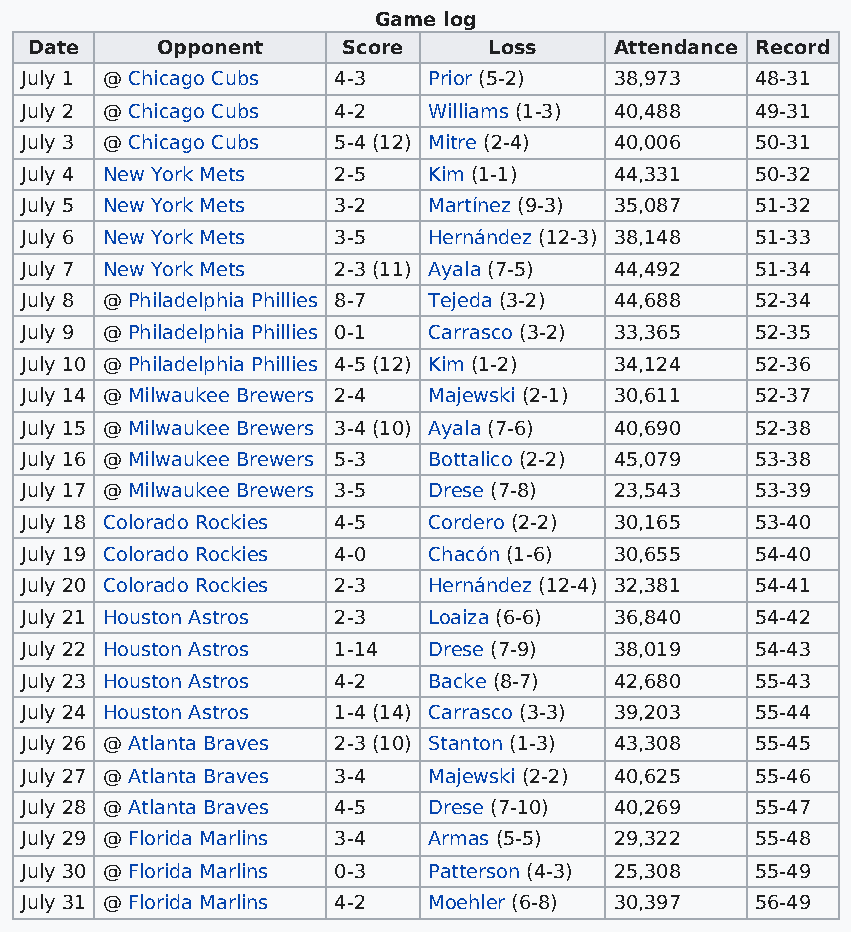
Game log
 Date    Opponent     Score    Loss     Attendance Record
 July 1 @ Chicago Cubs 4-3  Prior (5-2)  38,973   48-31
 July 2 @ Chicago Cubs 4-2  Williams (1-3) 40,488 49-31
 July 3 @ Chicago Cubs 5-4 (12) Mitre (2-4) 40,006 50-31
 July 4 New York Mets 2-5   Kim (1-1)    44,331   50-32
 July 5 New York Mets 3-2   Martínez (9-3) 35,087 51-32
 July 6 New York Mets 3-5   Hernández (12-3) 38,148 51-33
 July 7 New York Mets 2-3 (11) Ayala (7-5) 44,492 51-34
 July 8 @ Philadelphia Phillies 8-7 Tejeda (3-2) 44,688 52-34
 July 9 @ Philadelphia Phillies 0-1 Carrasco (3-2) 33,365 52-35
 July 10 @ Philadelphia Phillies 4-5 (12) Kim (1-2) 34,124 52-36
 July 14 @ Milwaukee Brewers 2-4 Majewski (2-1) 30,611 52-37
 July 15 @ Milwaukee Brewers 3-4 (10) Ayala (7-6) 40,690 52-38
 July 16 @ Milwaukee Brewers 5-3 Bottalico (2-2) 45,079 53-38
 July 17 @ Milwaukee Brewers 3-5 Drese (7-8) 23,543 53-39
 July 18 Colorado Rockies 4-5 Cordero (2-2) 30,165 53-40
 July 19 Colorado Rockies 4-0 Chacón (1-6) 30,655 54-40
 July 20 Colorado Rockies 2-3 Hernández (12-4) 32,381 54-41
 July 21 Houston Astros 2-3 Loaiza (6-6) 36,840   54-42
 July 22 Houston Astros 1-14 Drese (7-9) 38,019   54-43
 July 23 Houston Astros 4-2 Backe (8-7)  42,680   55-43
 July 24 Houston Astros 1-4 (14) Carrasco (3-3) 39,203 55-44
 July 26 @ Atlanta Braves 2-3 (10) Stanton (1-3) 43,308 55-45
 July 27 @ Atlanta Braves 3-4 Majewski (2-2) 40,625 55-46
 July 28 @ Atlanta Braves 4-5 Drese (7-10) 40,269 55-47
 July 29 @ Florida Marlins 3-4 Armas (5-5) 29,322 55-48
 July 30 @ Florida Marlins 0-3 Patterson (4-3) 25,308 55-49
 July 31 @ Florida Marlins 4-2 Moehler (6-8) 30,397 56-49